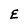
Character: E